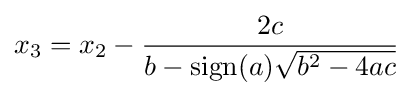
x_{3}=x_{2}-{\frac {2c}{b-\operatorname {sign} (a){\sqrt {b^{2}-4ac}}}}